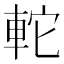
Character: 䡐